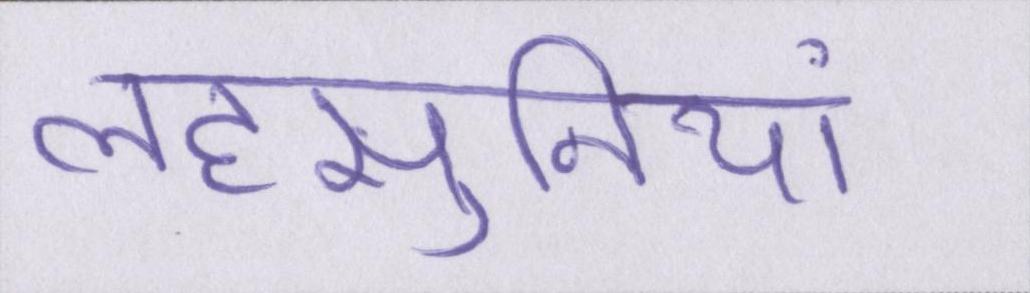
लहसुनियां